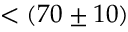
< ( 7 0 \pm 1 0 )